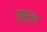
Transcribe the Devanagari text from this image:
उरुशृङ्ग